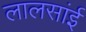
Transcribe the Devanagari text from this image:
लालसांई